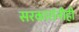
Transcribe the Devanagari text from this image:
सरकारांनीही